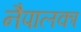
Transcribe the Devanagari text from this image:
नैपालका